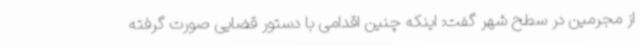
از مجرمین در سطح شهر گفت: اینکه چنین اقدامی با دستور قضایی صورت گرفته